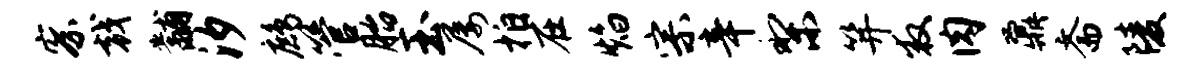
察戟黼汐鹧管胎玉屡拍在焰宗辛梨笄救肉鼐斋陵